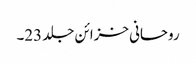
روحانی خزائن جلد 23۔